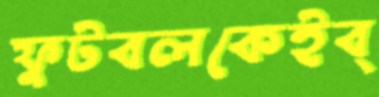
ফুটবলকেইব্